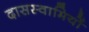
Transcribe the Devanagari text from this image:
दासस्वामियों